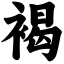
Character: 褐